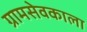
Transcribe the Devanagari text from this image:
ग्रामसेवकाला